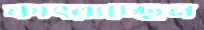
কাৎরাচ্ছেন